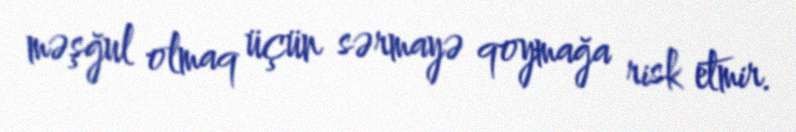
məşğul olmaq üçün sərmayə qoymağa risk etmir.